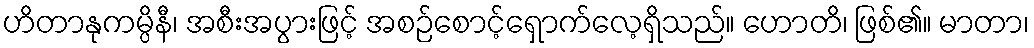
ဟိတာနုကမ္ပိနီ၊ အစီးအပွားဖြင့် အစဉ်စောင့်ရှောက်လေ့ရှိသည်။ ဟောတိ၊ ဖြစ်၏။ မာတာ၊